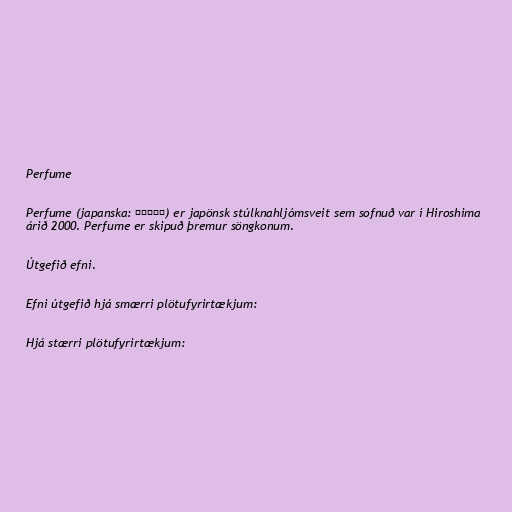
Perfume

Perfume (japanska: パフューム) er japönsk stúlknahljómsveit sem sofnuð var í Hiroshima
árið 2000. Perfume er skipuð þremur söngkonum.

Útgefið efni.

Efni útgefið hjá smærri plötufyrirtækjum:

Hjá stærri plötufyrirtækjum: